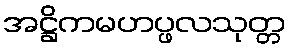
အဋ္ဌိကမဟပ္ဖလသုတ္တ